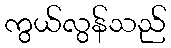
ကွယ်လွန်သည်